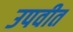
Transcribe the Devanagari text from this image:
उपवीत